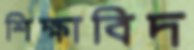
শিক্ষাবিদ